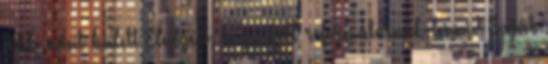
Több mint balett Elnézést, hogy kell reformátusnak lenni? Saját